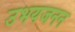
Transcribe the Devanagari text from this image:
उभयजनन